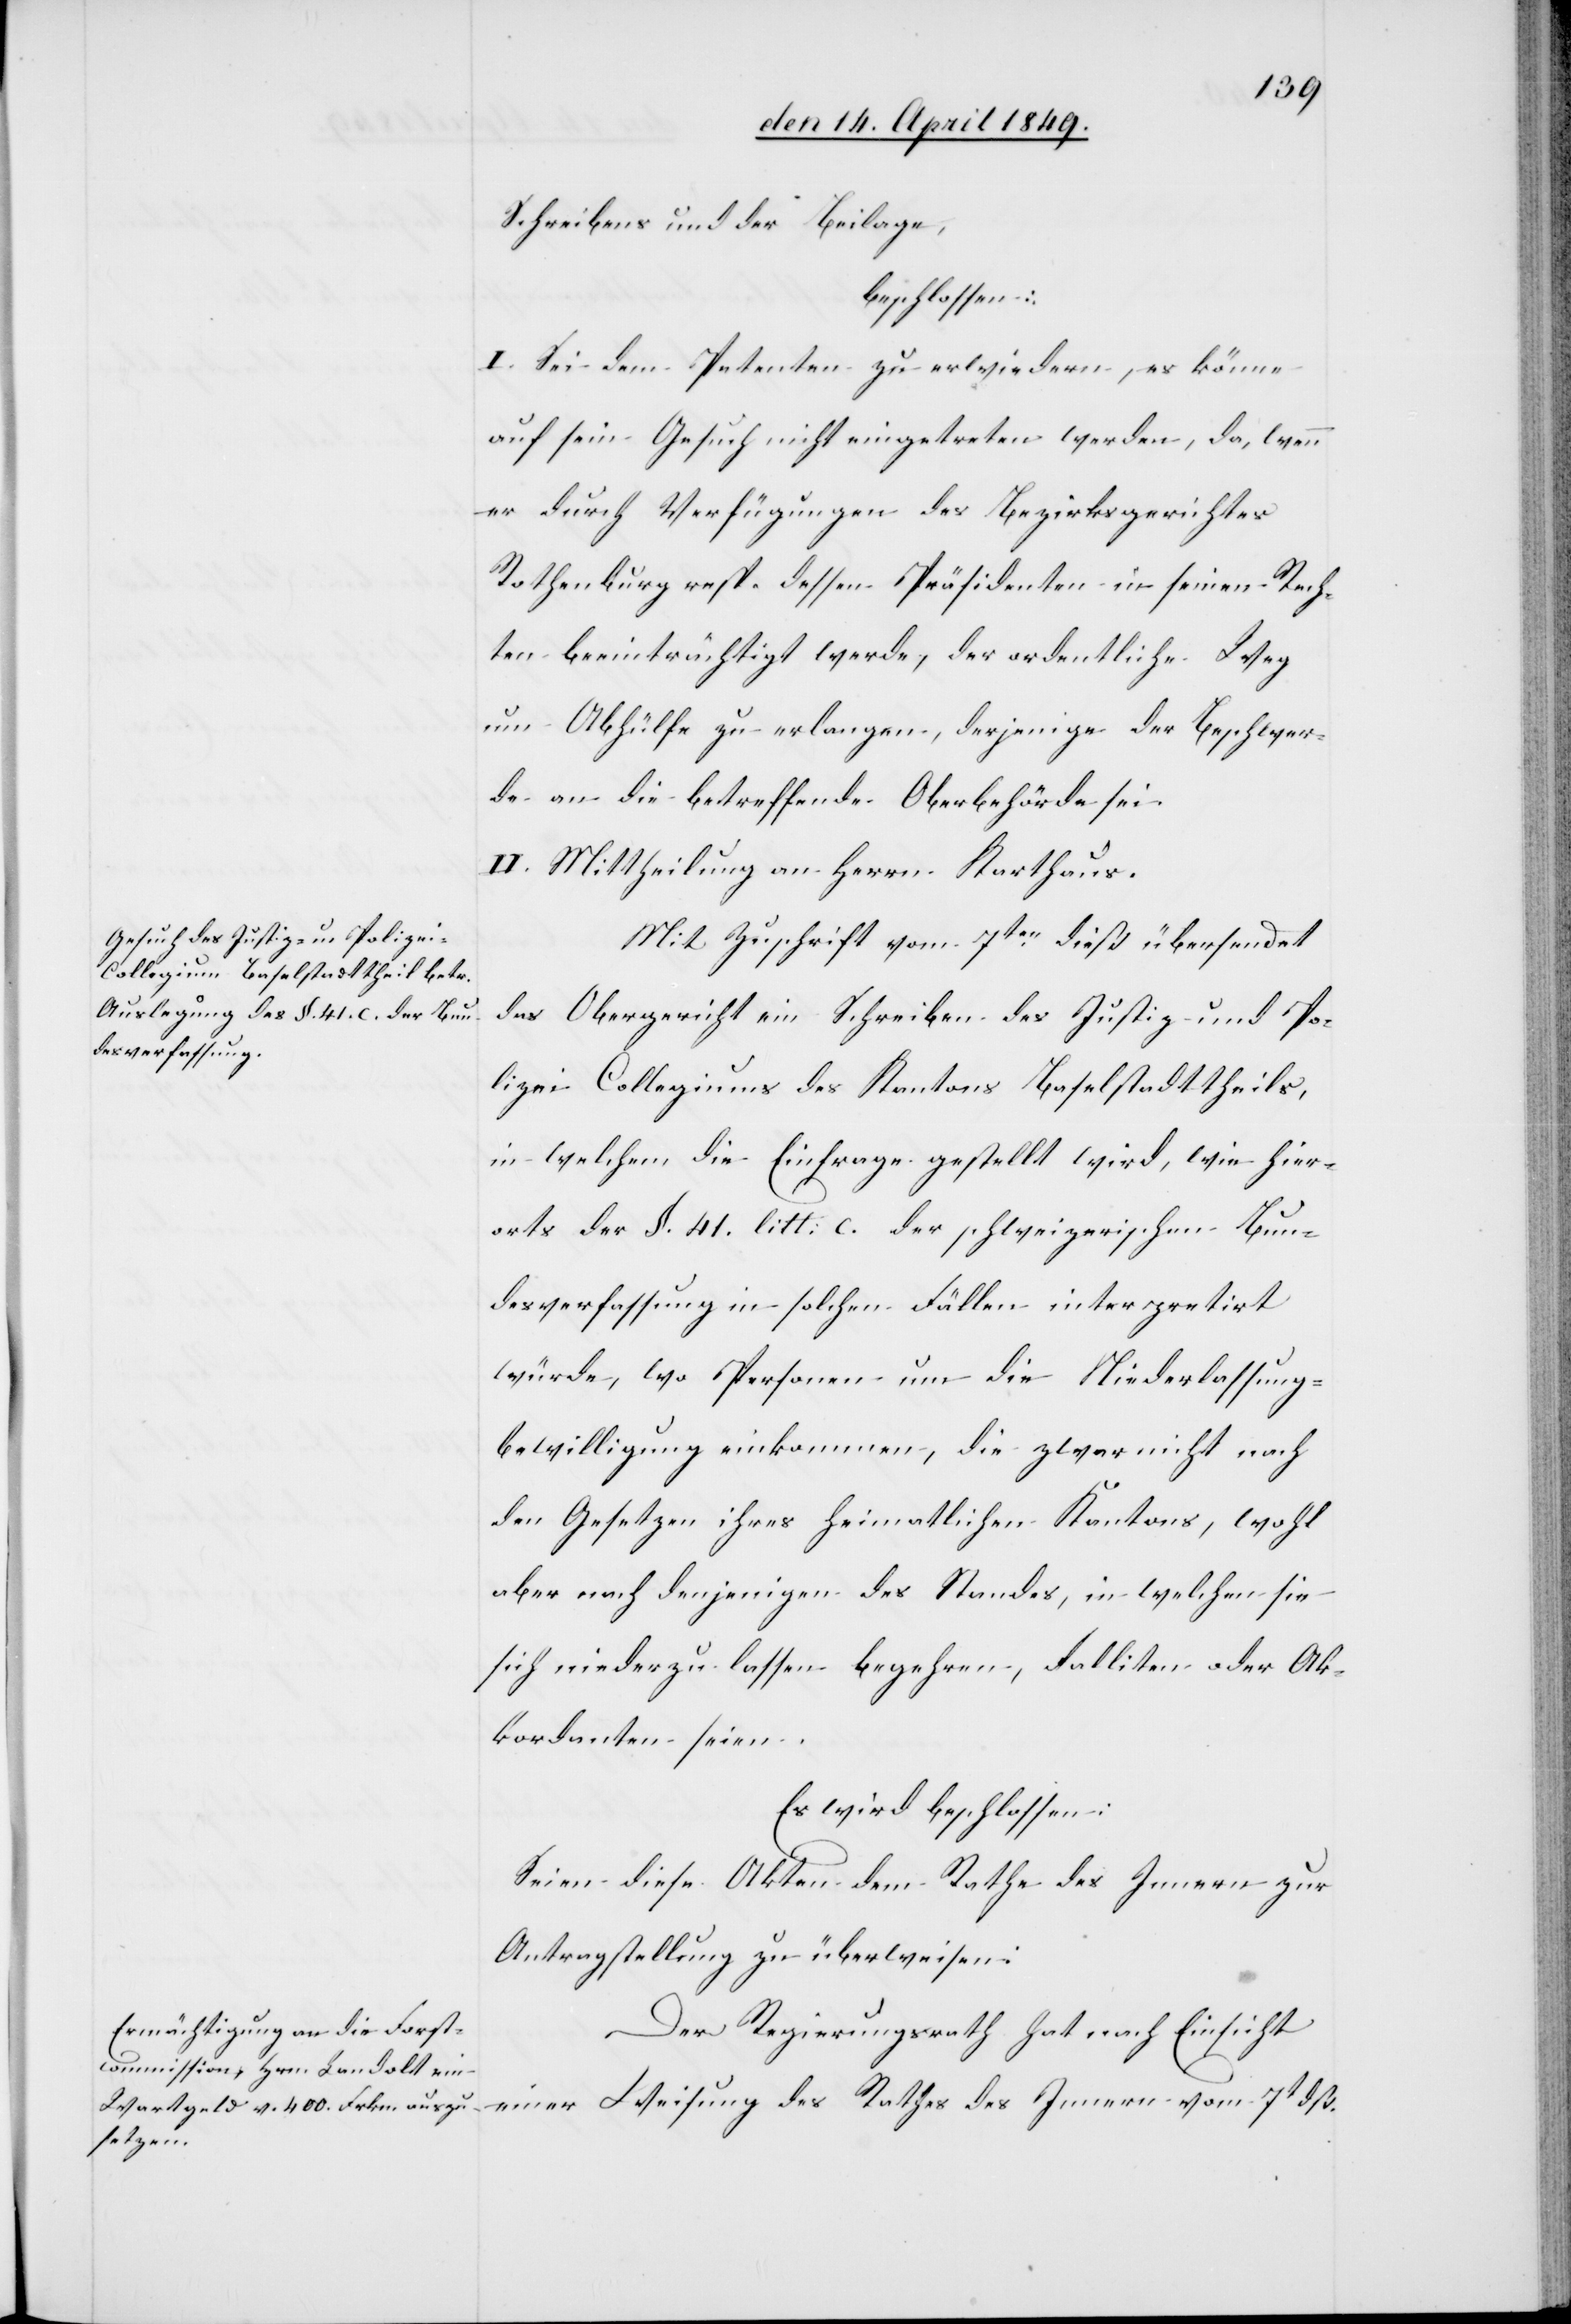
Schreibens und der Beilage,
beschlossen:
I. Sei dem Petenten zu erwiedern, es könne
auf sein Gesuch nicht eingetreten werden, da, wenn
er durch Verfügungen des Bezirksgerichtes
Rothenburg resp. dessen Präsidenten in seinen Rech¬
ten beeinträchtigt werde, der ordentliche Weg
um Abhülfe zu erlangen, derjenige der Beschwer¬
de an die betreffende Oberbehörde sei.
II. Mittheilung an Herrn Karthaus.
Mit Zuschrift vom 7ten dieß übersendet
das Obergericht ein Schreiben des Justiz- und Po¬
lizei[-]Collegiums des Kantons Baselstadttheils,
in welchem die Einfrage gestellt wird, wie hier¬
orts der §. 41. litt. c. der schweizerischen Bun¬
desverfassung in solchen Fällen interpretirt
würde, wo Personen um die Niederlassung¬
bewilligung einkommen, die zwar nicht nach
den Gesetzen ihres heimatlichen Kantons, wohl
aber nach denjenigen des Standes, in welchen sie
sich niederzulassen begehren, Falliten oder Ak¬
kordanten seien.
Es wird beschlossen:
Seien diese Akten dem Rathe des Innern zur
Antragstellung zu überweisen:
Der Regierungsrath hat nach Einsicht
einer Weisung des Rathes des Innern vom 7t dß.